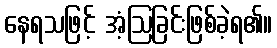
နေရသဖြင့် အံ့ဩခြင်းဖြစ်ခဲ့ရ၏။